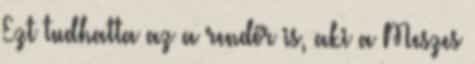
Ezt tudhatta az a rendőr is, aki a Meszes